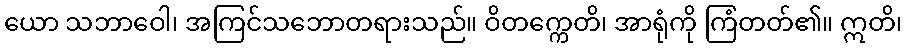
ယော သဘာဝေါ၊ အကြင်သဘောတရားသည်။ ဝိတက္ကေတိ၊ အာရုံကို ကြံတတ်၏။ ဣတိ၊